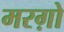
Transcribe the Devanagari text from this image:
मरग़ो